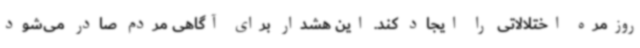
روزمره اختلالاتی را ایجاد کند. این هشدار برای آگاهی مردم صادر می‌شود